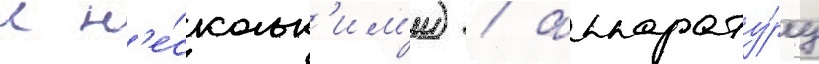
с н'е́скольк'им'и) / аппарату́ру